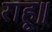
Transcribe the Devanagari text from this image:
राहू॥